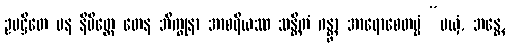
ဥပဋ္ဌိတေ ပန နိမိတ္တေ တေန ဘိက္ခုနာ အာစရိယဿ သန္တိကံ ဂန္တွာ အာရောစေတဗ္ဗံ “မယှံ, ဘန္တေ,